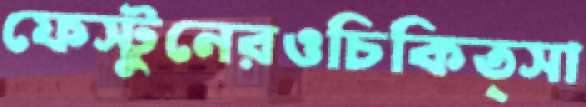
ফেস্টুনেরওচিকিত্সা